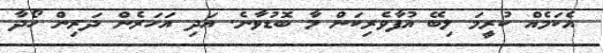
އެކަމެއް ކުރީމަ ލިބޭ އުފާވެރިކަން މާ ބޮޑުވާނެ. އަދި އަހަރެން ދަރިން ހޯދާ